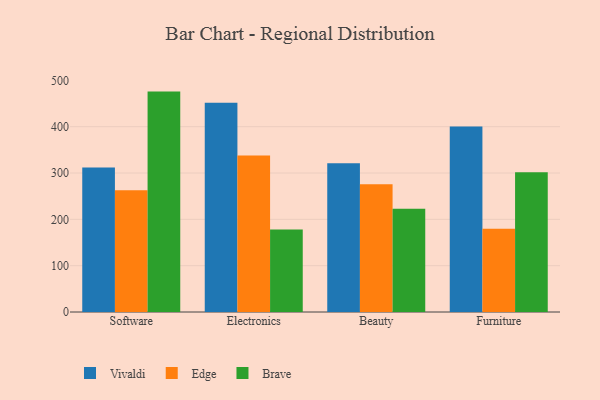
{"axis": {"x": "Category", "y": "Population (Million)"}, "legend": ["Brave", "Edge", "Vivaldi"], "data": [{"x": "Software", "y": 311.9, "type": "Vivaldi"}, {"x": "Software", "y": 262.6, "type": "Edge"}, {"x": "Software", "y": 475.7, "type": "Brave"}, {"x": "Electronics", "y": 451.7, "type": "Vivaldi"}, {"x": "Electronics", "y": 337.9, "type": "Edge"}, {"x": "Electronics", "y": 178.1, "type": "Brave"}, {"x": "Beauty", "y": 321.3, "type": "Vivaldi"}, {"x": "Beauty", "y": 275.6, "type": "Edge"}, {"x": "Beauty", "y": 222.6, "type": "Brave"}, {"x": "Furniture", "y": 400.6, "type": "Vivaldi"}, {"x": "Furniture", "y": 179.6, "type": "Edge"}, {"x": "Furniture", "y": 301.7, "type": "Brave"}]}